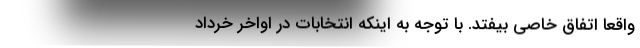
واقعاً اتفاق خاصی بیفتد. با توجه به اینکه انتخابات در اواخر خرداد